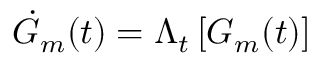
{ { \dot { G } } _ { m } } ( t ) = { { \Lambda } _ { t } } \left[ { { G } _ { m } ( t ) } \right]